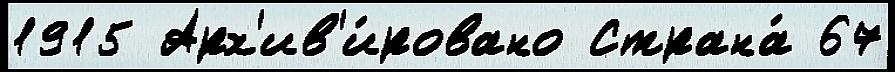
1915 Арх'ив'и́ровано Страна́ 67